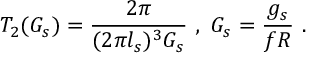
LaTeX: T _ { 2 } ( G _ { s } ) = \frac { 2 \pi } { ( 2 \pi l _ { s } ) ^ { 3 } G _ { s } } \ , \ G _ { s } = \frac { g _ { s } } { f R } \ .